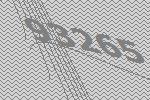
93265